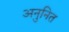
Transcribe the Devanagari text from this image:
अनुनित